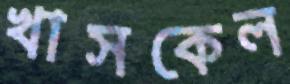
খাসকেল